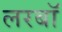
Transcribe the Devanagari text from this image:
लरबॉ